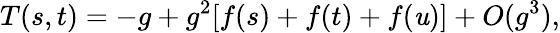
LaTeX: T(s,t)=-g+g^{2}[f(s)+f(t)+f(\mathit{u})]+O(g^{3}),